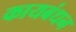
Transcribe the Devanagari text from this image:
कायबंधन